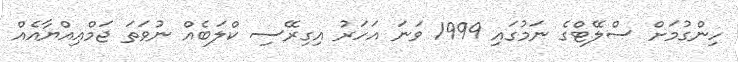
ހިންގުމަށް ސްލޭޓްގެ ނަމުގައި 1999 ވަނަ އަހަރު އިގިރޭސި ކްލަބެއް ނުވަތަ ޖަމްޢިއްޔާއެއް